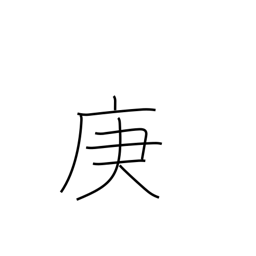
Meaning: 7th